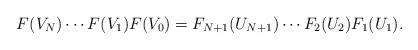
LaTeX: \begin{align*}F(V_N)\cdots F(V_1)F(V_0)=F_{N+1}(U_{N+1})\cdots F_2(U_2)F_1(U_1).\end{align*}